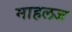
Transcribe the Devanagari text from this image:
माहलज